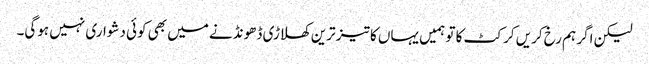
لیکن اگر ہم رخ کریں کرکٹ کا تو ہمیں یہاں کا تیز ترین کھلاڑی ڈھونڈنے میں بھی کوئی دشواری نہیں ہوگی۔